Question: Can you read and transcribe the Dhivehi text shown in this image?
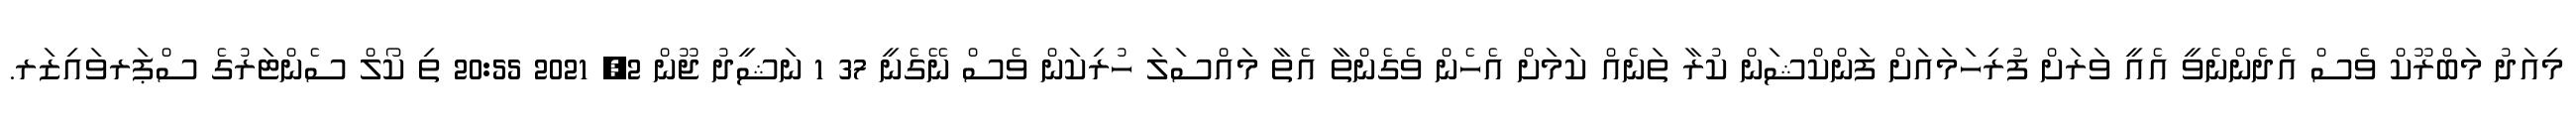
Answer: މިއަދު މަބްރޫކް ވެސް އެދެންނެވީ އެއީ ވަރަށް ފުރިހަމައަށް ފަންކްޝަން ކުރާ ތަނެއް ކަމަށް އެހެން ވެގެންތާ އެތާ މައްސަލަ ހުރިކަން ވެސް ނޭގެނީ 37 1 ނަޝީދު ޖޫން 2, 2021 20:55 ތި ކޯލް ސެންޓަރުގެ ސްޕަރވައިޒަރ.